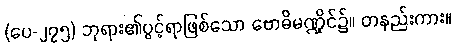
(ပေ-၂၇၅) ဘုရား၏ပွင့်ရာဖြစ်သော ဗောဓိမဏ္ဍိုင်၌။ တနည်းကား။